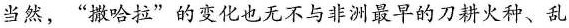
当然，”撒哈拉”的变化也无不与非洲最早的刀耕火种、乱